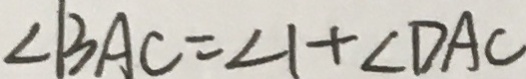
\angle B A C = \angle 1 + \angle D A C